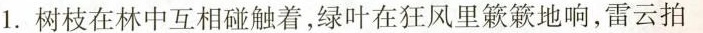
1.树枝在林中互相碰触着，绿叶在狂风里簌簌地响，雷云拍